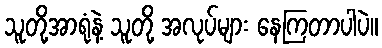
သူတို့အာရုံနဲ့ သူတို့ အလုပ်များ နေကြတာပါပဲ။